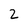
Character: 2